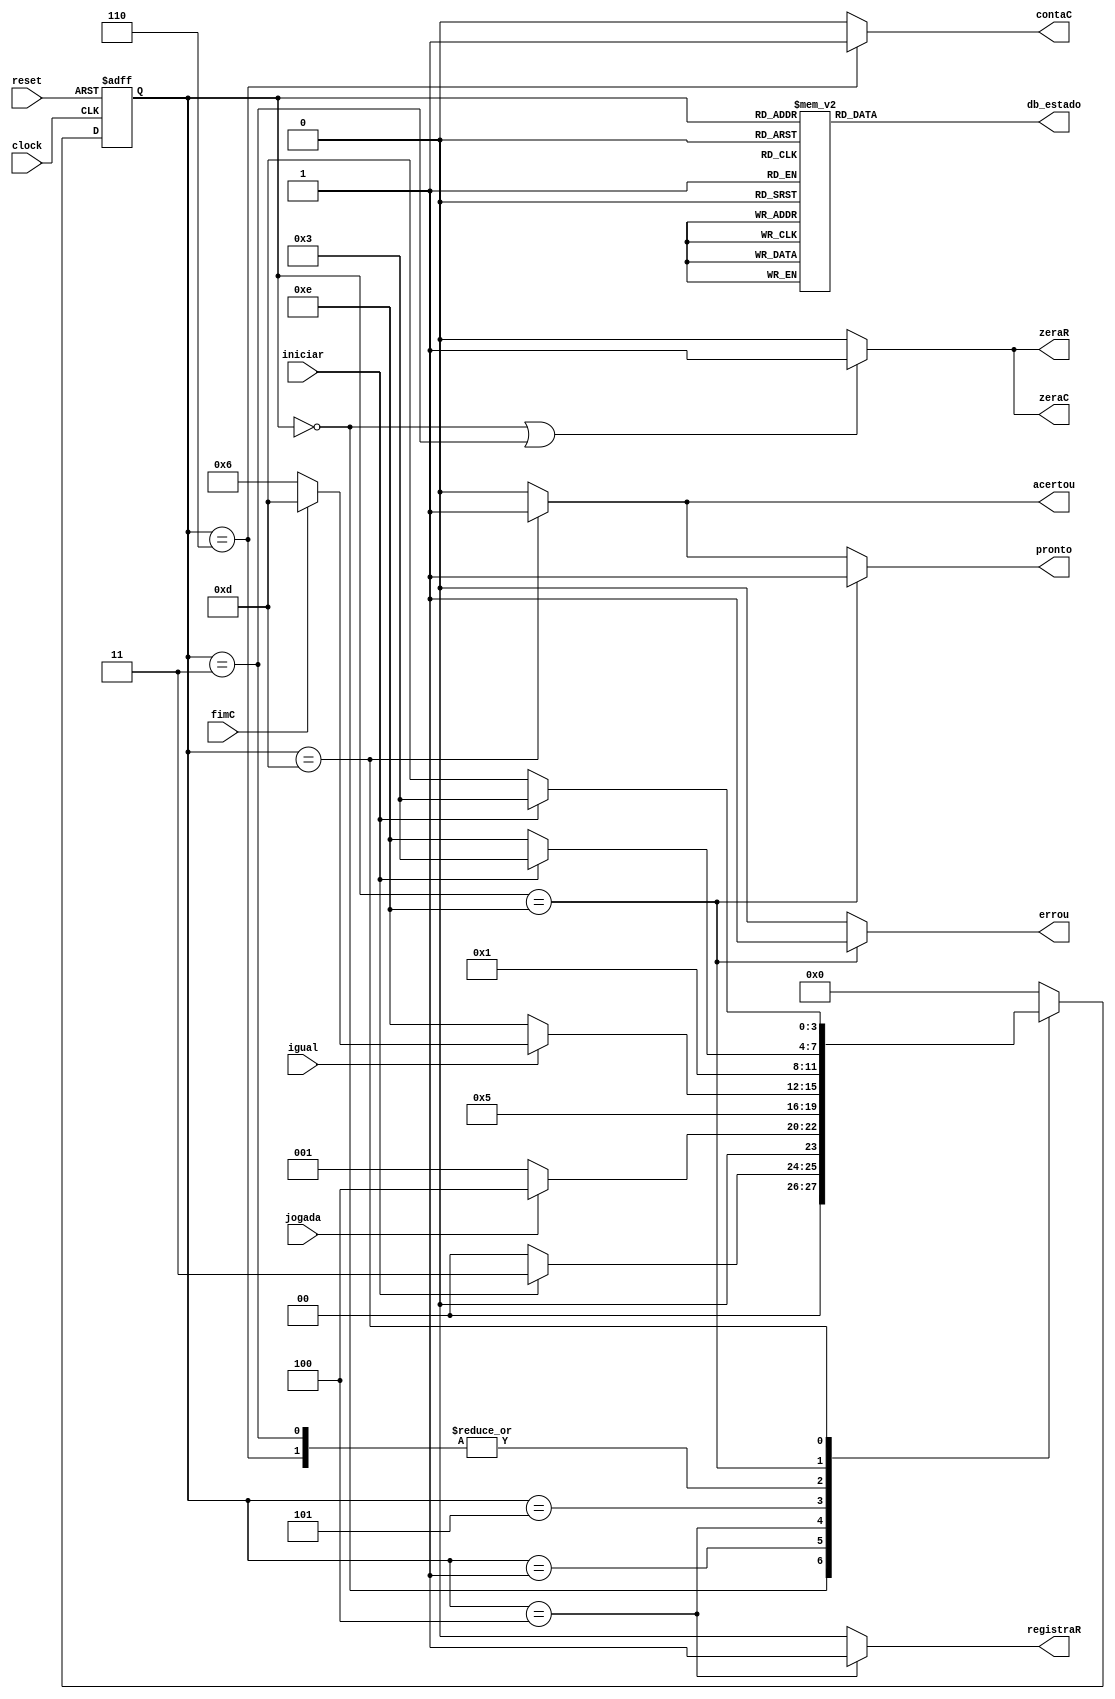
//------------------------------------------------------------------
// Arquivo   : exp4_unidade_controle.v
// Projeto   : Experiencia 4 - Projeto de uma Unidade de Controle
//------------------------------------------------------------------
// Descricao : Unidade de controle
//
// usar este codigo como template (modelo) para codificar 
// mquinas de estado de unidades de controle            
//------------------------------------------------------------------
// Revisoes  :
//     Data        Versao  Autor             Descricao
//     14/01/2024  1.0     Edson Midorikawa  versao inicial
//------------------------------------------------------------------
//
module unidade_controle (
    input      clock,
    input      reset,
    input      iniciar,
    input      fimC,
    input      jogada,
    input      igual,
    output reg zeraC,
    output reg contaC,
    output reg zeraR,
    output reg registraR,
    output reg pronto,
    output reg errou,
    output reg acertou,
    output reg [3:0] db_estado
);

    // Define estados
    parameter inicial    = 4'b0000;  // 0
    parameter preparacao = 4'b0011;  // 3
    parameter espera     = 4'b0001; // 1
    parameter registra   = 4'b0100;  // 4
    parameter comparacao = 4'b0101;  // 5
    parameter proximo    = 4'b0110;  // 6
    parameter derrota    = 4'b1110; // E
    parameter vitoria    = 4'b1101; // D

    // Variaveis de estado
    reg [3:0] Eatual, Eprox;

    // Memoria de estado
    always @(posedge clock or posedge reset) begin
        if (reset)
            Eatual <= inicial;
        else
            Eatual <= Eprox;
    end

    // Logica de proximo estado
    always @* begin
        case (Eatual)
            inicial:     Eprox = iniciar ? preparacao : inicial;
            preparacao:  Eprox = espera;
            espera:      Eprox = jogada ? registra: espera;
            registra:    Eprox = comparacao;
            comparacao:  Eprox = (~igual) ? derrota :
                                 (fimC) ? vitoria:
                                          proximo;
            proximo:     Eprox = espera;
            derrota:     Eprox = (iniciar) ? preparacao : derrota;
            vitoria:     Eprox = (iniciar) ? preparacao : vitoria;
            default:     Eprox = inicial;
        endcase
    end

    // Logica de saida (maquina Moore)
    always @* begin
        zeraC     = (Eatual == inicial || Eatual == preparacao) ? 1'b1 : 1'b0;
        zeraR     = (Eatual == inicial || Eatual == preparacao) ? 1'b1 : 1'b0;
        registraR = (Eatual == registra) ? 1'b1 : 1'b0;
        contaC    = (Eatual == proximo) ? 1'b1 : 1'b0;
        pronto    = (Eatual == derrota) ? 1'b1 : 
                    (Eatual == vitoria) ? 1'b1: 1'b0;
        errou     = (Eatual == derrota) ? 1'b1: 1'b0;
        acertou   = (Eatual == vitoria) ? 1'b1 : 1'b0;

        // Saida de depuracao (estado)
        case (Eatual)
            inicial:     db_estado = 4'b0000;  // 0
            preparacao:  db_estado = 4'b0011;  // 3
            registra:    db_estado = 4'b0100;  // 4
            comparacao:  db_estado = 4'b0101;  // 5
            proximo:     db_estado = 4'b0110;  // 6
            derrota:     db_estado = 4'b1110;  // E
            vitoria:     db_estado = 4'b1101;  // D
            espera:      db_estado = 4'b0001;  // 1
            default:     db_estado = 4'b1111;  // F
        endcase
    end

endmodule